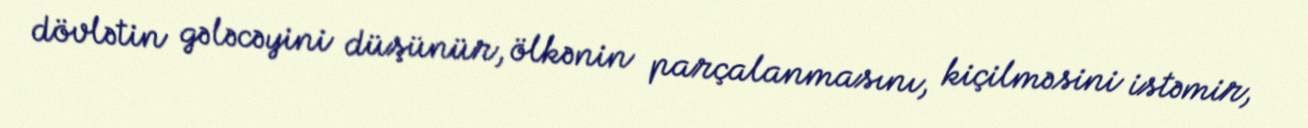
dövlətin gələcəyini düşünür, ölkənin parçalanmasını, kiçilməsini istəmir,